system: You are a helpful assistant.
user:
Analyze the provided spectrum to determine if it is a **M-type Giant (gM)**.

A M-type Giant spectrum is defined by its **strong molecular absorption** features, particularly from **Titanium Oxide (TiO)**. You must check for one of the following mutually exclusive signatures:

- **Key Visual Indicators (Absorption-Dominated Spectrum):**

    - **(Primary):** The spectrum is dominated by strong molecular absorption from **Titanium Oxide (TiO)**. This is the **defining feature** of its M-type temperature class.
        - **(Key Bandheads):** Look for sharp, "saw-tooth" absorption valleys. The strongest are located near **~7050 Å**, **~6160 Å**, and **~5170 Å**.
        - **(Line Profile):** The "saw-tooth" morphology is critical: a **sharp, steep drop on the BLUE (short-wavelength) side** of the bandhead, followed by a gradual recovery (rising flux) towards the RED (long-wavelength) side.

    - **(Key Confirmation - Giant vs. Dwarf):** **ABSENCE** of strong **Calcium Hydride (CaH)** molecular bands. This is the primary diagnostic for *excluding* M-dwarfs.
        - **(Key Region):** The spectrum should lack the strong, broad absorption band seen in dwarfs between **~6800 Å and ~7000 Å**.

    - **(Secondary Confirmation - Giant):** A very strong and broad **Neutral Calcium (Ca I)** atomic absorption line.
        - **(Key Line):** Located at **~4226 Å**. In a giant (gM), this line is significantly deeper and broader than the same line in an M-dwarf (dM) due to low surface gravity.

    - **(Overall Spectrum):**
        - The continuum is **extremely red-sloping** (i.e., flux is very low in the blue and rises dramatically towards the red).
        - The entire spectrum appears "chopped up" by the deep TiO bands.

Think first, call **spectral_visualization_tool** if needed to examine features in detail, then provide your final answer. Your response must adhere to the following strict rules:
1.  **Overall Structure:** Your response must follow the format `<think>...</think> <tool_call>...</tool_call> (if a tool is used) <answer>...</answer>`.
2.  **Tool Usage Constraint:** You may only make **one** tool call per turn.
3.  **Final Answer Format:** In the `<answer>` tag, your conclusion must be inside a `\boxed{}` command (e.g., `\boxed{YES}` or `\boxed{NO}`), followed by your justification.

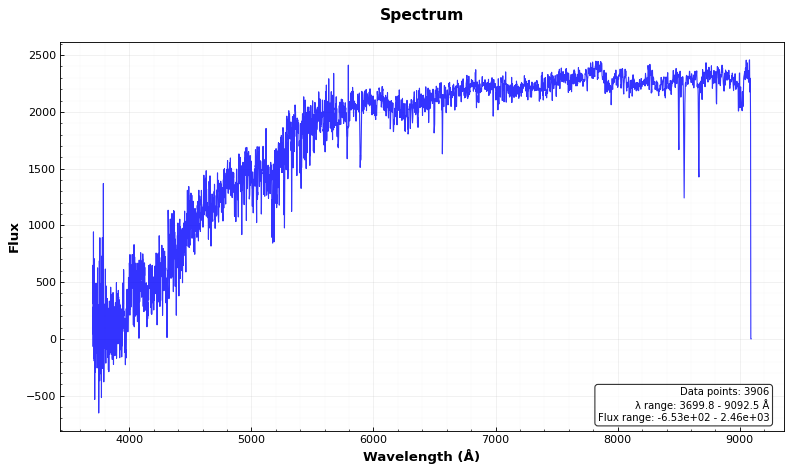
Answer: NO